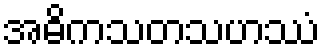
အဓိကသတသဟဿံ